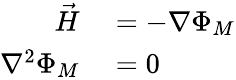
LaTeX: \begin{array}{rl}{{\vec{H}}}&{{}=-\nabla\Phi_{M}}\\ {\nabla^{2}\Phi_{M}}&{{}=0}\end{array}